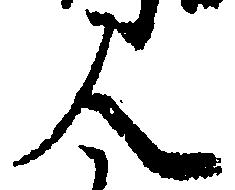
人